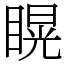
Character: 䁜